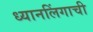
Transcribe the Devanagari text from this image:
ध्यानलिंगाची